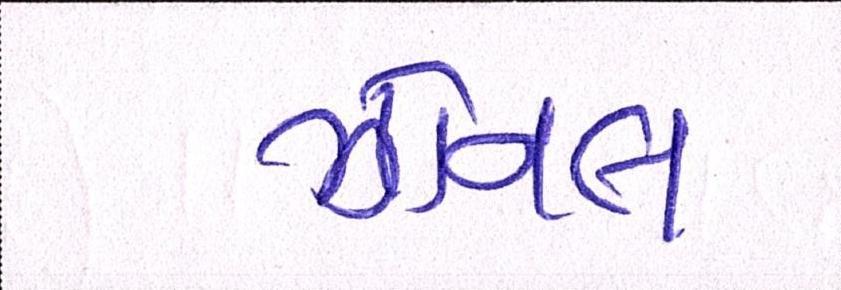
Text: ઝોનલ